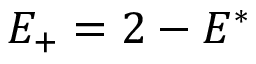
E _ { + } = 2 - E ^ { * }